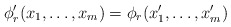
\begin{align*} \phi'_r(x_1,\ldots,x_m)=\phi_r(x'_1,\ldots,x'_m) \end{align*}